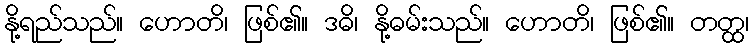
နို့ရည်သည်။ ဟောတိ၊ ဖြစ်၏။ ဒဓိ၊ နို့ဓမ်းသည်။ ဟောတိ၊ ဖြစ်၏။ တတ္ထ၊